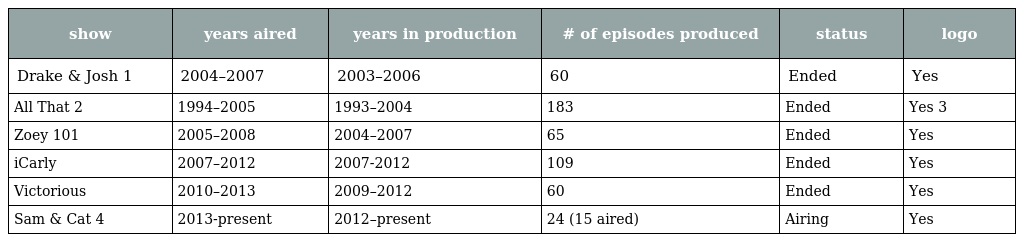
| show | years aired | years in production | # of episodes produced | status | logo |
 | --- | --- | --- | --- | --- | --- |
 | Drake & Josh 1 | 2004–2007 | 2003–2006 | 60 | Ended | Yes |
 | All That 2 | 1994–2005 | 1993–2004 | 183 | Ended | Yes 3 |
 | Zoey 101 | 2005–2008 | 2004–2007 | 65 | Ended | Yes |
 | iCarly | 2007–2012 | 2007-2012 | 109 | Ended | Yes |
 | Victorious | 2010–2013 | 2009–2012 | 60 | Ended | Yes |
 | Sam & Cat 4 | 2013-present | 2012–present | 24 (15 aired) | Airing | Yes |